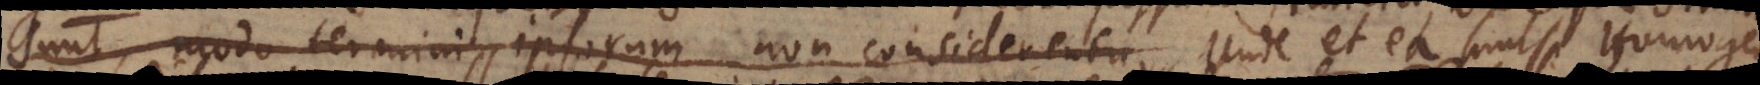
sunt, modo termini ipsorum non considerentur. Unde et ea sunt Homogenea